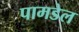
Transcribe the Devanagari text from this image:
पामडेल